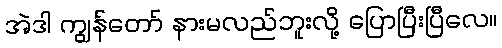
အဲဒါ ကျွန်တော် နားမလည်ဘူးလို့ ပြောပြီးပြီလေ။